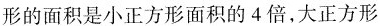
形的面积是小正方形面积的4倍，大正方形的